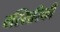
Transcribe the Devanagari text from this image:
वस्सिरिकी